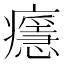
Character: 𤻘